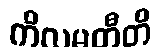
ကိလမတီတိ